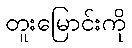
တူးမြောင်းကို